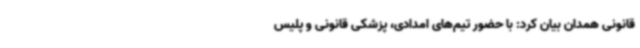
قانونی همدان بیان کرد: با حضور تیم‌های امدادی، پزشکی قانونی و پلیس